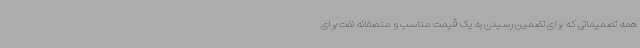
همه تصمیماتی که برای تضمین رسیدن به یک قیمت مناسب و منصفانه نفت برای